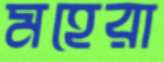
মহেরা